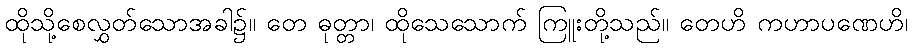
ထိုသို့စေလွှတ်သောအခါ၌။ တေ ဓုတ္တာ၊ ထိုသေသောက် ကြူးတို့သည်။ တေဟိ ကဟာပဏေဟိ၊